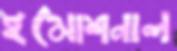
ইমোশনাল